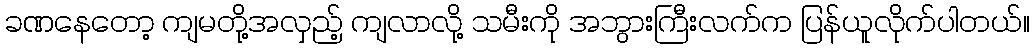
ခဏနေတော့ ကျမတို့အလှည့် ကျလာလို့ သမီးကို အဘွားကြီးလက်က ပြန်ယူလိုက်ပါတယ်။